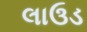
લાઉડ